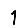
Digit: 1